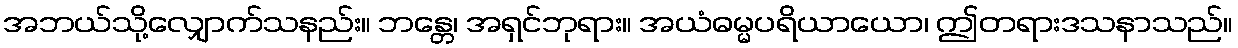
အဘယ်သို့လျှောက်သနည်း။ ဘန္တေ၊ အရှင်ဘုရား။ အယံဓမ္မပရိယာယော၊ ဤတရားဒသနာသည်။